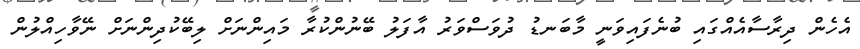
އެހެން ދިރާސާއެއްގައި ބުނެފައިވަނީ މާބަނޑު ދުވަސްވަރު އާފަލު ބޭނުންކުރާ މައިންނަށް ލިބޭކުދިންނަށް ނޭވާހިއްލުން